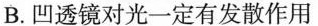
B.凹透镜对光一定有发散作用